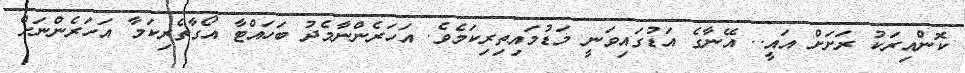
ކޮންއިރަކު ރަށަށް އައީ.. އޭނާގެ އަޑުގައިވަނީ މަޑުމައިތިރިކަމެވެ. އަހަރެންނާމެދު ބަހައްޓާ އޯގާތެރިކަމާ އަހަރެންނަށް